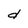
Character: d